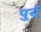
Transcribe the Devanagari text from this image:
पुर्न्